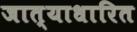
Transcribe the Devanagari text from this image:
जात्याधारित